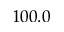
1 0 0 . 0